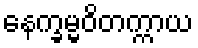
နေက္ခမ္မဝိတက္ကာယ